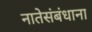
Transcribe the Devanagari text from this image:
नातेसंबंधाना